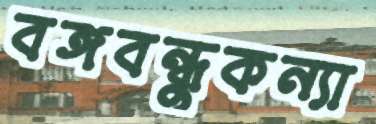
বঙ্গবন্ধুকন্যা